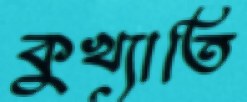
কুখ্যাতি